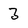
Character: 3